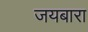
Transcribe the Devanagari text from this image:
जयबारा